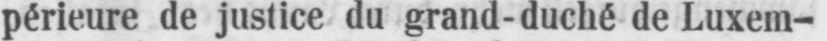
périeure de justice du grand-duché de Luxem-